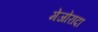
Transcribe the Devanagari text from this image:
मेजोरादा